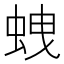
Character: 𧊣